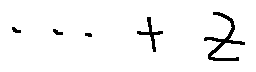
\cdots + z